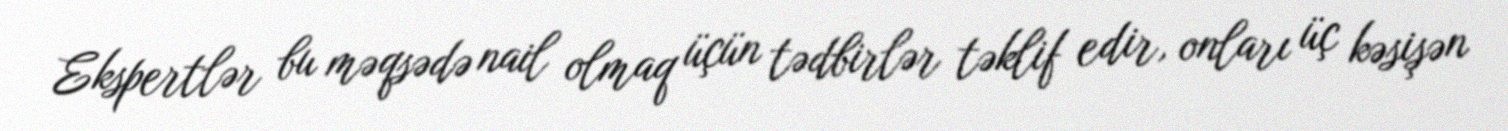
Ekspertlər bu məqsədə nail olmaq üçün tədbirlər təklif edir, onları üç kəsişən